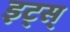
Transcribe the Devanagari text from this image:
इट्स्